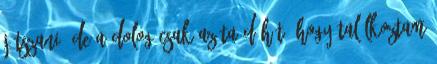
játszani. De a dolog csak azóta dühít, hogy találkoztam